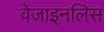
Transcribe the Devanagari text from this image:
वेजाइनलिस